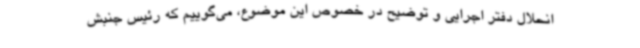
انحلال دفتر اجرایی و توضیح در خصوص این موضوع، می‌گوییم که رئیس جنبش